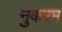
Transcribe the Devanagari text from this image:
नुकरम